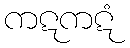
ကဋကဋံ